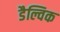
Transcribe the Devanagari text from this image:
डैल्विक